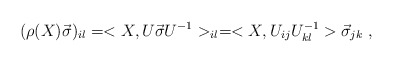
\begin{align*}(\rho (X) \vec{\sigma})_{il} = <X, U \vec{\sigma} U^{-1} >_{il} = <X, U_{ij}U_{kl}^{-1} > \vec{\sigma}_{jk}\;,\end{align*}